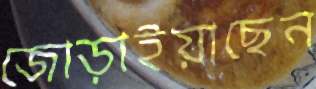
জোড়াইয়াছেন